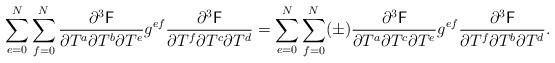
\begin{align*}\sum_{e=0}^N \sum_{f=0}^N \frac{\partial^3 \mathsf{F}}{\partial T^a \partial T^b\partial T^e}g^{ef}\frac{\partial^3 \mathsf{F}}{\partial T^f \partial T^c\partial T^d}=\sum_{e=0}^N \sum_{f=0}^N (\pm)\frac{\partial^3 \mathsf{F}}{\partial T^a \partial T^c\partial T^e}g^{ef}\frac{\partial^3 \mathsf{F}}{\partial T^f \partial T^b\partial T^d}.\end{align*}